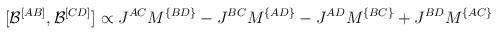
LaTeX: \begin{align*}[{\cal B}^{[AB]},{\cal B}^{[CD]}]\propto J^{AC}M^{\{BD\}}- J^{BC}M^{\{AD\}}- J^{AD}M^{\{BC\}}+ J^{BD}M^{\{AC\}}\end{align*}